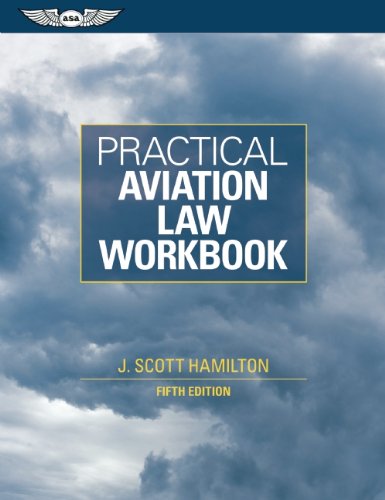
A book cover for Practical Aviation Law Workbook; J. Scott Hamilton; Law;